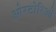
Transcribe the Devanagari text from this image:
ओरटोरिओ